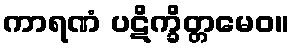
ကာရဏံ ပဋိက္ခိတ္တမေဝ။